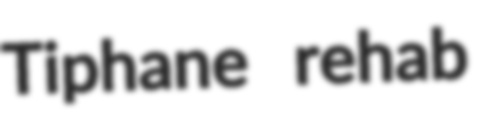
Tiphane rehab